Investigations into the jail dietaries of the United Provinces with some observations on the influence of dietary on the physical development and well-being of the people of the United Provinces - Number 48
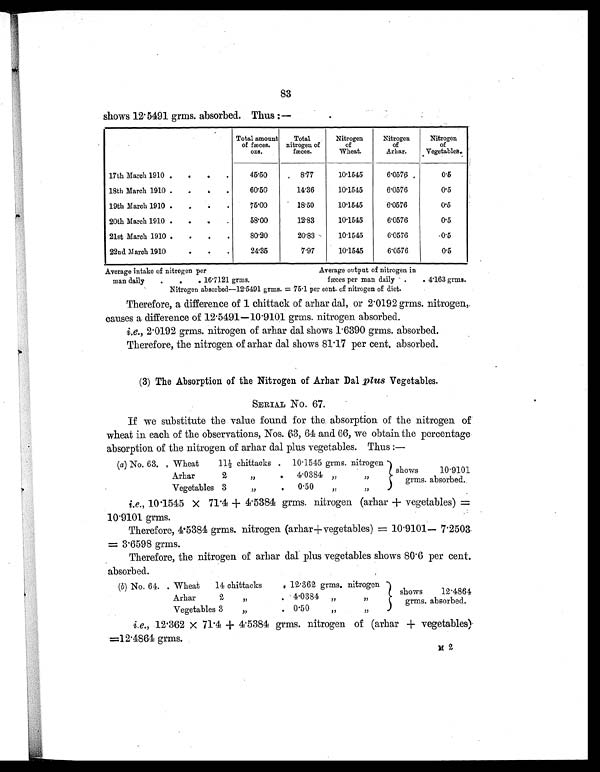
83
shows 12.5491 grms. absorbed. Thus :—
Total amount
of fæces.
ozs.
Total
nitrogen of
fæces.
Nitrogen
of
Wheat.
Nitrogen
of
Arhar.
Nitrogen
of
vegetables.
17th March 1910 .
.
.
.
45.50
8.77
10.1545
6.0576
0.5
18th March 1910 .
.
.
.
60.50
14.36
10.1545
6.0576
0.5
19th March 1910 .
.
.
.
75.00
18.50
10.1545
6.0576
0.5
20th March 1910 .
.
.
.
58.00
12.83
10.1545
6.0576
0.5
21st March 1910 .
. .
.
80.20
20.83
10.1545
6.0576
0.5
22nd March 1910
. .
.
24.35
7.97
10.1545
6.0576
0.5
Average intake of nitrogen per
Average output of nitrogen in
man daily
.
.
. 16.7121 grms.
fæces per man daily .
. 4.163 grms.
Nitrogen absorbed—12.5491 grms. = 75.1 per cent. of nitrogen of diet.
Therefore, a difference of 1 chittack of arhar dal, or 2.0192 grms. nitrogen,
causes a difference of 12.5491—10.9101 grms. nitrogen absorbed.
i.e., 2.0192 grms. nitrogen of arhar dal shows 1.6390 grms. absorbed.
Therefore, the nitrogen of arhar dal shows 81.17 per cent. absorbed.
(3) The Absorption of the Nitrogen of Arhar Dal plus Vegetables.
SERIAL No. 67.
If we substitute the value found for the absorption of the nitrogen of
wheat in each of the observations, Nos. 63, 64 and 66, we obtain the percentage
absorption of the nitrogen of arhar dal plus vegetables. Thus :—
(a) No. 63. . Wheat
11½ chittacks . 10.1545 grms. nitrogen
shows 10.9101
grms. absorbed.
Arhar
2
„
.
4.0384 „
,,
Vegetables 3
„
. 0.50
„
„
i.e., 10.1545 × 71.4 + 4.5384 grms. nitrogen (arhar + vegetables) =
10.9101 grms.
Therefore, 4.5384 grms. nitrogen (arhar+ vegetables) = 10.9101— 7.2503
= 3.6598 grms.
Therefore, the nitrogen of arhar dal plus vegetables shows 80.6 per cent.
absorbed.
(b) No. 64. . Wheat
14 chittacks
. 12.362 grms. nitrogen
shows 12.4864
grms. absorbed.
Arhar
2
„
. 4.0384
„
„
Vegetables 3
„
. 0.50
„
„
i.e., 12.362 × 71.4 + 4.5384 grms. nitrogen of (arhar + vegetables)
=12.4864 grms.